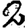
Digit: 2